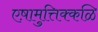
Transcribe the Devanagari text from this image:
एष़ामुत्तिक्कळि